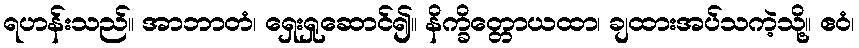
ရဟန်းသည်။ အာဘာတံ၊ ရှေးရှုဆောင်၍။ နိက္ခိတ္တောယထာ၊ ချထားအပ်သကဲ့သို့။ ဧဝံ၊